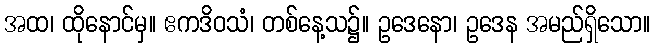
အထ၊ ထိုနောင်မှ။ ဧကဒိဝသံ၊ တစ်နေ့သ၌။ ဥဒေနော၊ ဥဒေန အမည်ရှိသော။